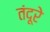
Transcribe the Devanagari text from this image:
तंदूरे